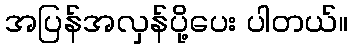
အပြန်အလှန်ပို့ပေး ပါတယ်။